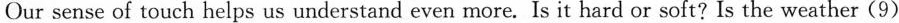
Our sense of touch helps us understand even more. Is it hard or soft? Is the weather(9)